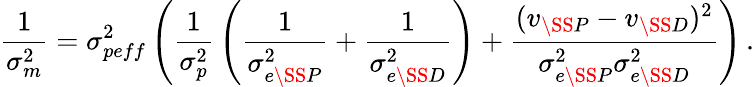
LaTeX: \frac{1}{\sigma_{m}^{2}}=\sigma_{peff}^{2}\left(\frac{1}{\sigma_{p}^{2}}\, \left(\frac{1}{\sigma_{e\SS P}^{2}}+\frac{1}{\sigma_{e\SS D}^{2}}\right)+\frac{(v_{\SS P}-v_{\SS D})^{2}}{\sigma_{e\SS P}^{2}\sigma_{e\SS D}^{2}}\right)\, .